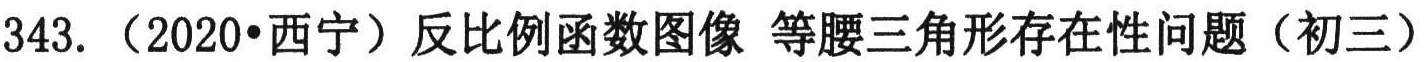
343.（2020•西宁）反比例函数图像 等腰三角形存在性问题（初三）